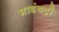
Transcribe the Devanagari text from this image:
माइंडट्री